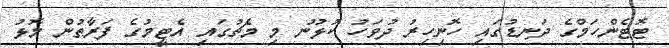
ޓޮޓެންހަމްގެ ދަނޑުގައި ހޮނިހިރު ދުވަހު ކުޅުނު މި މެޗުގައި އެޓީމުގެ ފަރާތުން މޮޅު